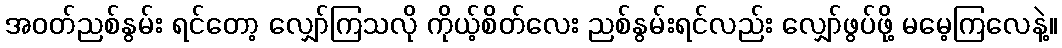
အဝတ်ညစ်နွမ်း ရင်တော့ လျှော်ကြသလို ကိုယ့်စိတ်လေး ညစ်နွမ်းရင်လည်း လျှော်ဖွပ်ဖို့ မမေ့ကြလေနဲ့။